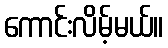
ကောင်းလိမ့်မယ်။